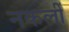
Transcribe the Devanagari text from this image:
नकलीं